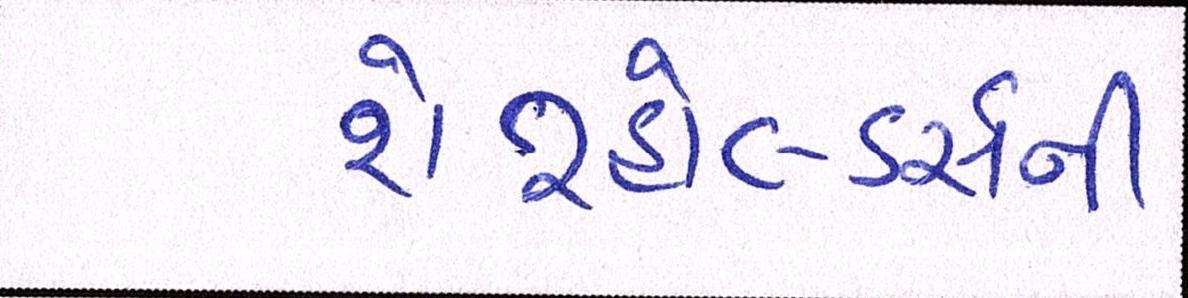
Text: શેરહોલ્ડર્સની